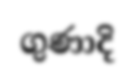
ගුණාදි